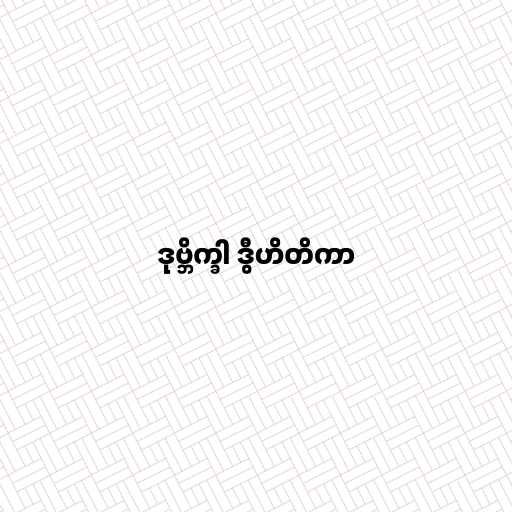
ဒုဗ္ဘိက္ခါ ဒွီဟိတိကာ